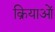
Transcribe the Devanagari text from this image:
क्रियाआें